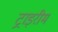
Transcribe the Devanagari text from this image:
ट्राइरीम